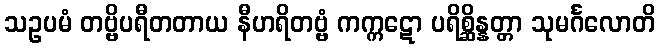
သဥပမံ တဗ္ဗိပရီတတာယ နီဟရိတဗ္ဗံ ကက္ကဋော ပရိစ္ဆိန္နတ္တာ သုမင်္ဂလောတိ